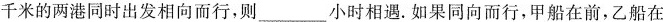
千米的两港同时出发相向而行，则___小时相遇.如果同向而行，甲船在前，乙船在